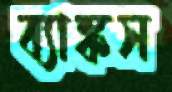
ব্যাঙ্কস